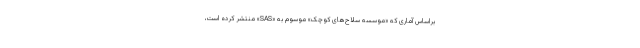
براساس آماری که «موسسه سلاح‌های کوچک» موسوم به «SAS» منتشر کرده است،